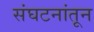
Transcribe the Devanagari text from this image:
संघटनांतून